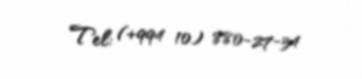
Tel: (+994 10) 880-27-34